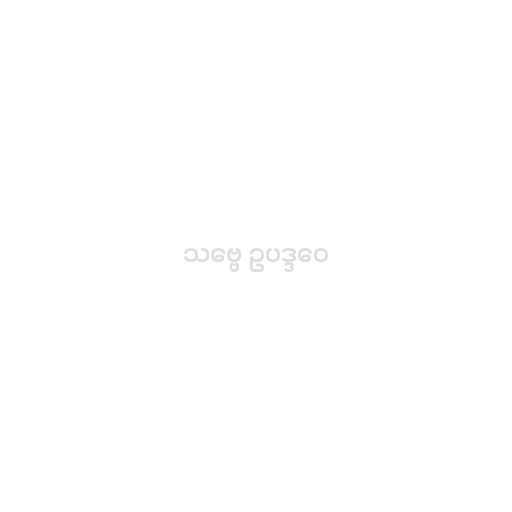
သဗ္ဗေ ဥပဒ္ဒဝေ